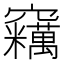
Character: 𱷡